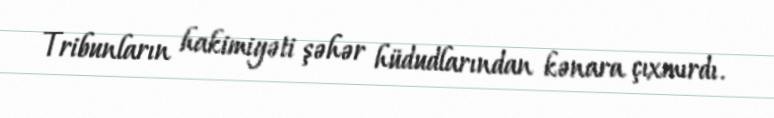
Tribunların hakimiyəti şəhər hüdudlarından kənara çıxmırdı.